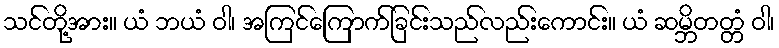
သင်တို့အား။ ယံ ဘယံ ဝါ၊ အကြင်ကြောက်ခြင်းသည်လည်းကောင်း။ ယံ ဆမ္ဘိတတ္တံ ဝါ၊